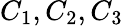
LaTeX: C_{1},C_{2},C_{3}